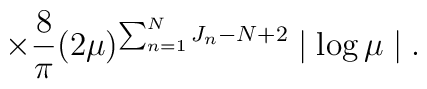
\times \frac{8}{\pi} (2 \mu )^{\sum _{n=1}^{N} J_{n} -N+2} \mid \log \mu \mid.